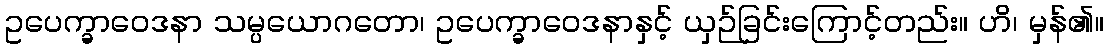
ဥပေက္ခာဝေဒနာ သမ္ပယောဂတော၊ ဥပေက္ခာဝေဒနာနှင့် ယှဉ်ခြင်းကြောင့်တည်း။ ဟိ၊ မှန်၏။